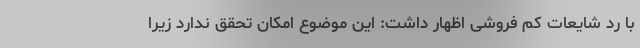
با رد شایعات کم فروشی اظهار داشت: این موضوع امکان تحقق ندارد زیرا